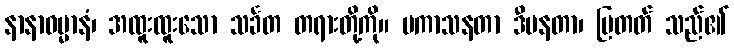
နာနာဓမ္မာနံ၊ အထူးထူးသော သင်္ခတ တရားတို့ကို။ ပကာသနတာ ဒီပနတာ၊ ပြတတ် သည်၏